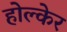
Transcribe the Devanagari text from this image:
होल्केर